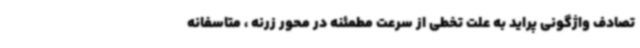
تصادف واژگونی پراید به علت تخطی از سرعت مطمئنه در محور زرنه ، متاسفانه